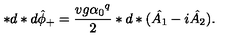
* d * d { \hat { \phi } } _ { + } = \frac { v g { \alpha _ { 0 } } ^ { q } } { 2 } * d * ( \hat { A _ { 1 } } - i \hat { A _ { 2 } } ) .